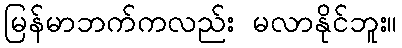
မြန်မာဘက်ကလည်း မလာနိုင်ဘူး။